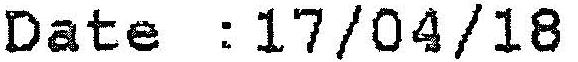
DATE :17/04/18